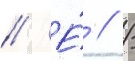
// Е́ // /